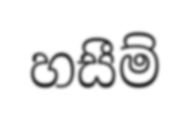
හසීම්